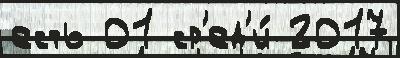
есть 01 ср'ед'и́ 2017